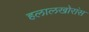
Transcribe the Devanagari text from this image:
हलालखोरांस